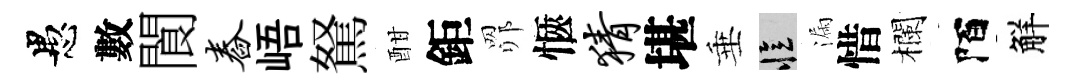
愚數閬舂峿駑酣鉅𦊑愜猜堪垂忆漏惜欄陌觧